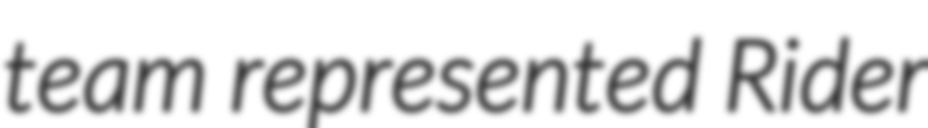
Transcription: team represented Rider